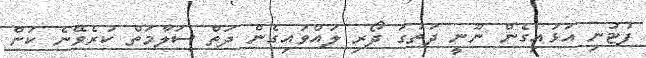
ފުޓުނި އަޅައިގެން ނޫނީ ދަތުގަ ދޯރި ލައްވައިގެން ދަތް ސަލާމަތް ކުރެވޭނެ ކަން